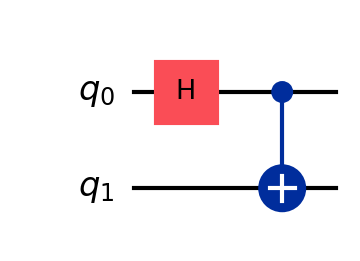
Description: Bell state preparation: maximally entangled two-qubit state
描述: Bell态制备：最大纠缠的两量子比特态
Category: basic_gates (difficulty: basic)
Qubits: 2, circuit depth: 2

Braket implementation:
from braket.circuits import Circuit
circuit = Circuit().h(0).cnot(0, 1)